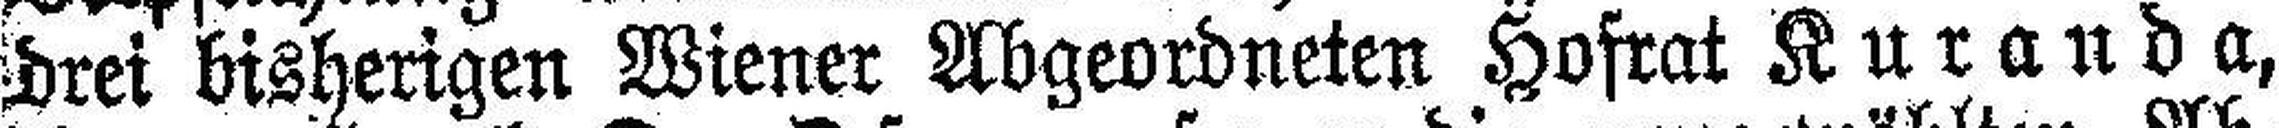
drei bisherigen Wiener Abgeordneten Hofrat Kuranda,